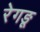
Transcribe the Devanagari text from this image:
रेगङू